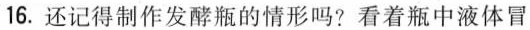
16.还记得制作发酵瓶的情形吗？看着瓶中液体冒